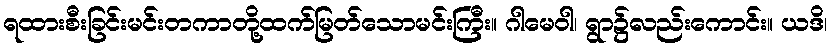
ရထားစီးခြင်းမင်းတကာတို့ထက်မြတ်သောမင်းကြီး။ ဂါမေဝါ၊ ရွာ၌လည်းကောင်း။ ယဒိ၊